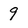
Character: 9